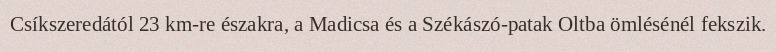
Csíkszeredától 23 km-re északra, a Madicsa és a Székászó-patak Oltba ömlésénél fekszik.